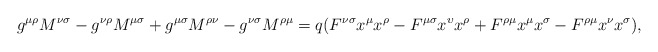
\begin{align*}g^{\mu \rho }M^{\nu \sigma }-g^{\nu \rho }M^{\mu \sigma }+g^{\mu \sigma}M^{\rho \nu }-g^{\nu \sigma }M^{\rho \mu }=q(F^{\nu \sigma }x^{\mu }x^{\rho}-F^{\mu \sigma }x^{\upsilon }x^{\rho }+F^{\rho \mu }x^{\mu }x^{\sigma}-F^{\rho \mu }x^{\nu }x^{\sigma }),\end{align*}